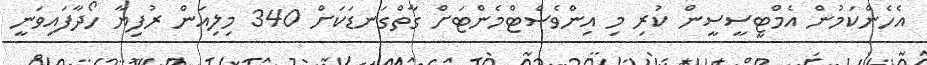
އެހެންކަމުން އެމްޓީސީސީން ކުރި މި އިންވެސްޓްމެންޓަށް ގާތްގަނޑަކަށް 340 މިލިއަން ރުފިޔާ ހޯދާފައިވަނީ